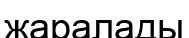
жаралады